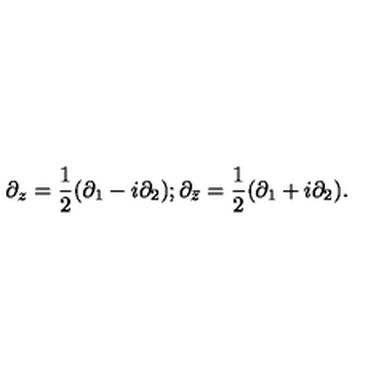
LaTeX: \partial _ { z } = \frac { 1 } { 2 } ( \partial _ { 1 } - i \partial _ { 2 } ) ; \partial _ { \bar { z } } = \frac { 1 } { 2 } ( \partial _ { 1 } + i \partial _ { 2 } ) .